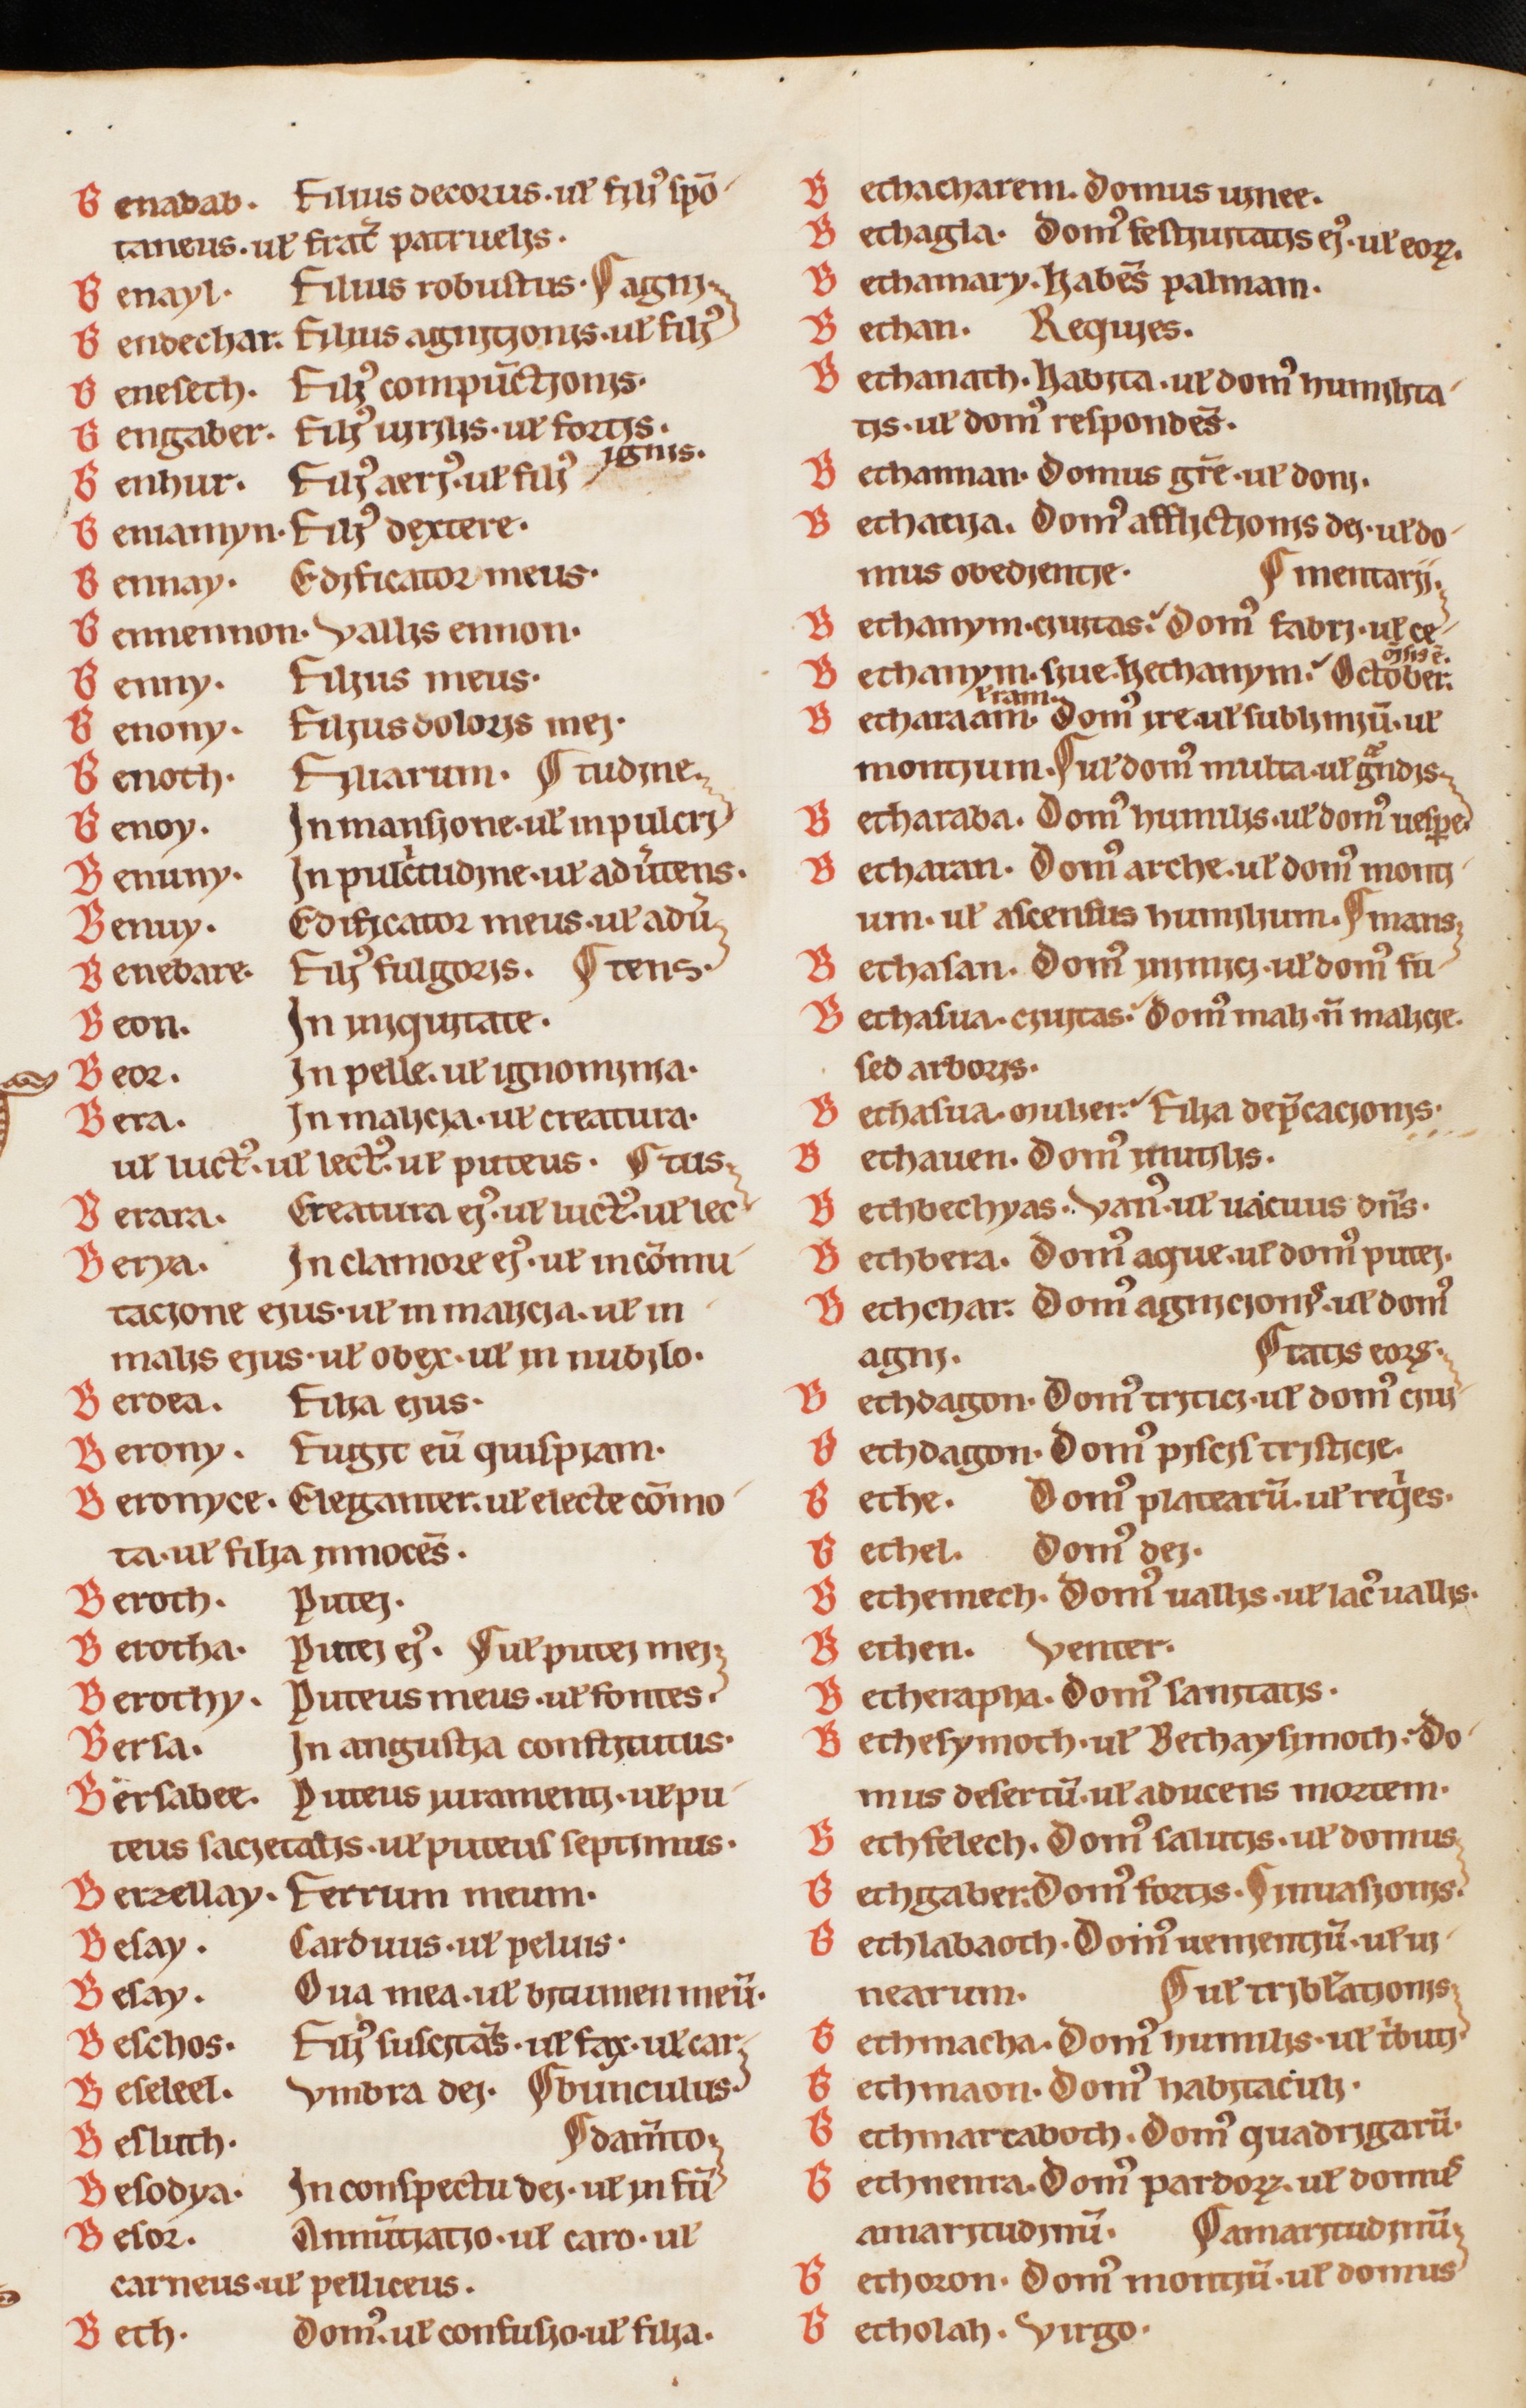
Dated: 1200–1230